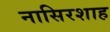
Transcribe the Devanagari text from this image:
नासिरशाह